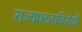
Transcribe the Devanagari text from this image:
राज्यघटनाविरोधी